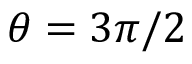
\theta = 3 \pi / 2